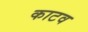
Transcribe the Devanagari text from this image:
काटव